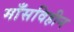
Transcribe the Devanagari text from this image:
माँसविहीन